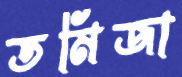
তমিজা